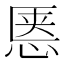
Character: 𱞝